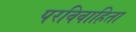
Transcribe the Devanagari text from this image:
परविवाहिता